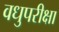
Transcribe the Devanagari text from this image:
वधुपरीक्षा